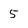
Character: 5